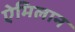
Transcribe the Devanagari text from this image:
ऐमिलान